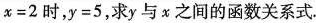
$$x=2$$时，$$y=5$$，求y与χ之间的函数关系式。